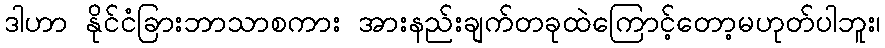
ဒါဟာ နိုင်ငံခြားဘာသာစကား အားနည်းချက်တခုထဲကြောင့်တော့မဟုတ်ပါဘူး၊